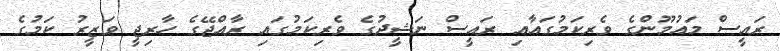
ރައީސް މައުމޫންގެ ވެރިކަމުގައާއި ރައީސް ނަޝީދުގެ ވެރިކަމުގައި ރާއްޖޭގެ ހާރިޖީ ވަޒީރު ކަމުގެ